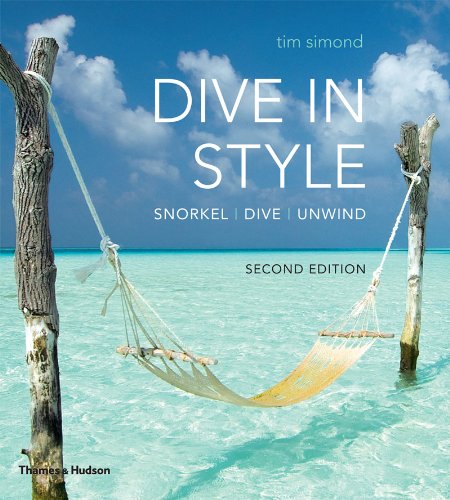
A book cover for Dive in Style (Second Edition); Tim Simond; Sports & Outdoors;